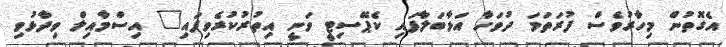
އެގޮތުން މިހާރުވެސް ފުރަތަމަ ދުވަހާ އަޅާބަލާފައި ކެޕޭސިޓީ ވަނީ އިތުރުކުރެވިފައި" އިސްމާއިލް ވިދާޅުވި